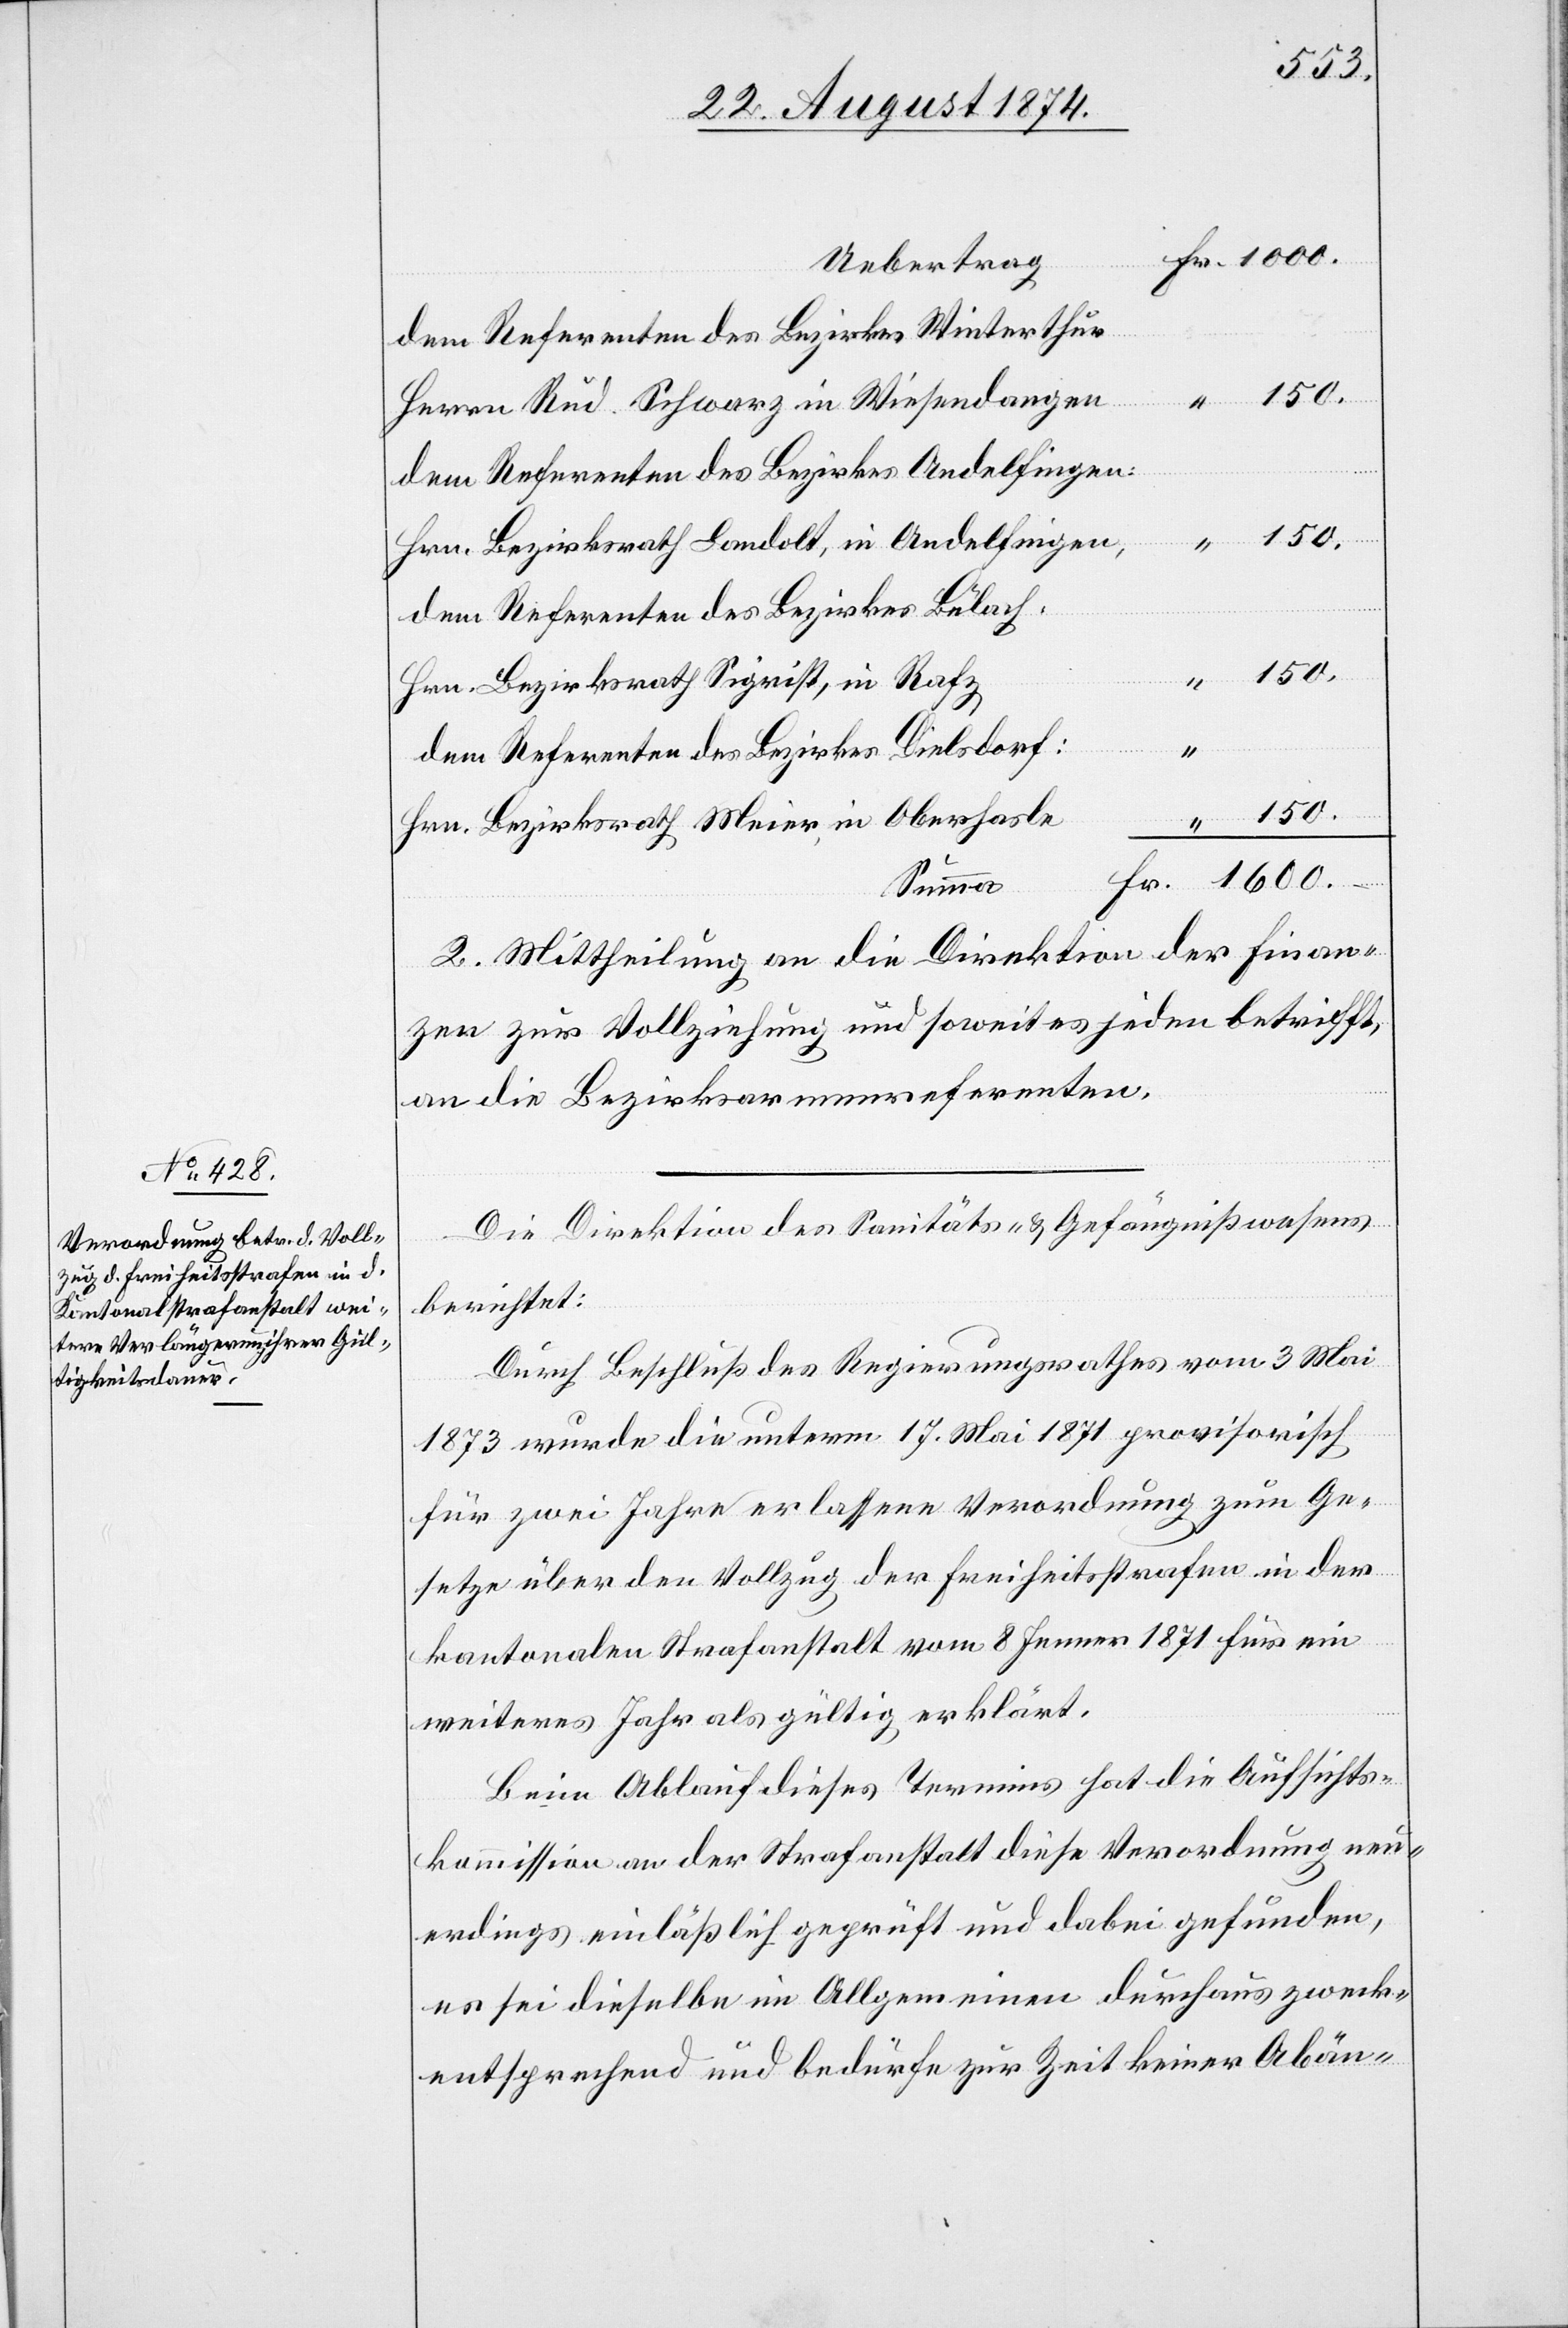
150.
Uebertrag
dem Referenten des Bezirkes Winterthur
Herrn Rud. Schwarz in Wiesendangen
“
dem Referenten des Bezirkes Andelfingen:
Hrn. Bezirksrath Landolt, in Andelfingen,
dem Referenten des Bezirkes Bülach,
Hrn. Bezirksrath Sigrist, in Rafz
dem Referenten des Bezirkes Dielsdorf:
Hrn. Bezirksrath Meier, in Oberhasle
Summa
2. Mittheilung an die Direktion der Finan¬
zen zur Vollziehung und soweit es jeden betrifft,
an die Bezirksarmenreferenten.
Die Direktion des Sanitäts- u. Gefängnißwesens
Fr.
berichtet:
Durch Beschluß des Regierungsrathes vom 3. Mai
1873 wurde die unterm 17. Mai 1871 provisorisch
für zwei Jahre erlassene Verordnung zum Ge¬
setze über den Vollzug der Freiheitsstrafen in der
kantonalen Strafanstalt vom 8. Jenner 1871 für ein
weiteres Jahr als gültig erklärt.
Beim Ablauf dieses Termins hat die Aufsichts¬
kommission an der Strafanstalt diese Verordnung neu¬
erdings einläßlich geprüft und dabei gefunden,
es sei dieselbe im Allgemeinen durchaus zweck¬
entsprechend und bedürfe zur Zeit keiner Abän-